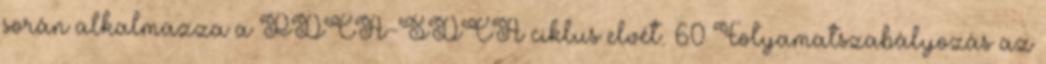
során alkalmazza a PDCA-SDCA ciklus elvét. 60 Folyamatszabályozás az